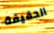
الحقيقة